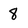
Character: 8